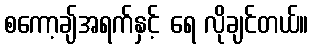
စကော့ချ်အရက်နှင့် ရေ လိုချင်တယ်။